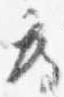
度